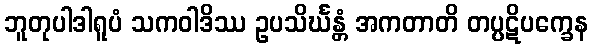
ဘူတုပါဒါရူပံ သကဝါဒိဿ ဥပသိင်္ဃန္တံ အကတာတိ တပ္ပဋိပက္ခေန